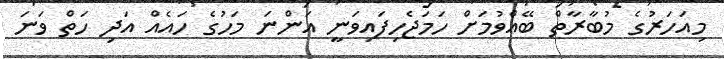
މިއަހަރުގެ މުބާރާތް ބޭއްވުމަށް ހަމަޖެހިފައިވަނީ އަންނަ މަހުގެ ހައެއް އަދި ހަތް ވަނަ